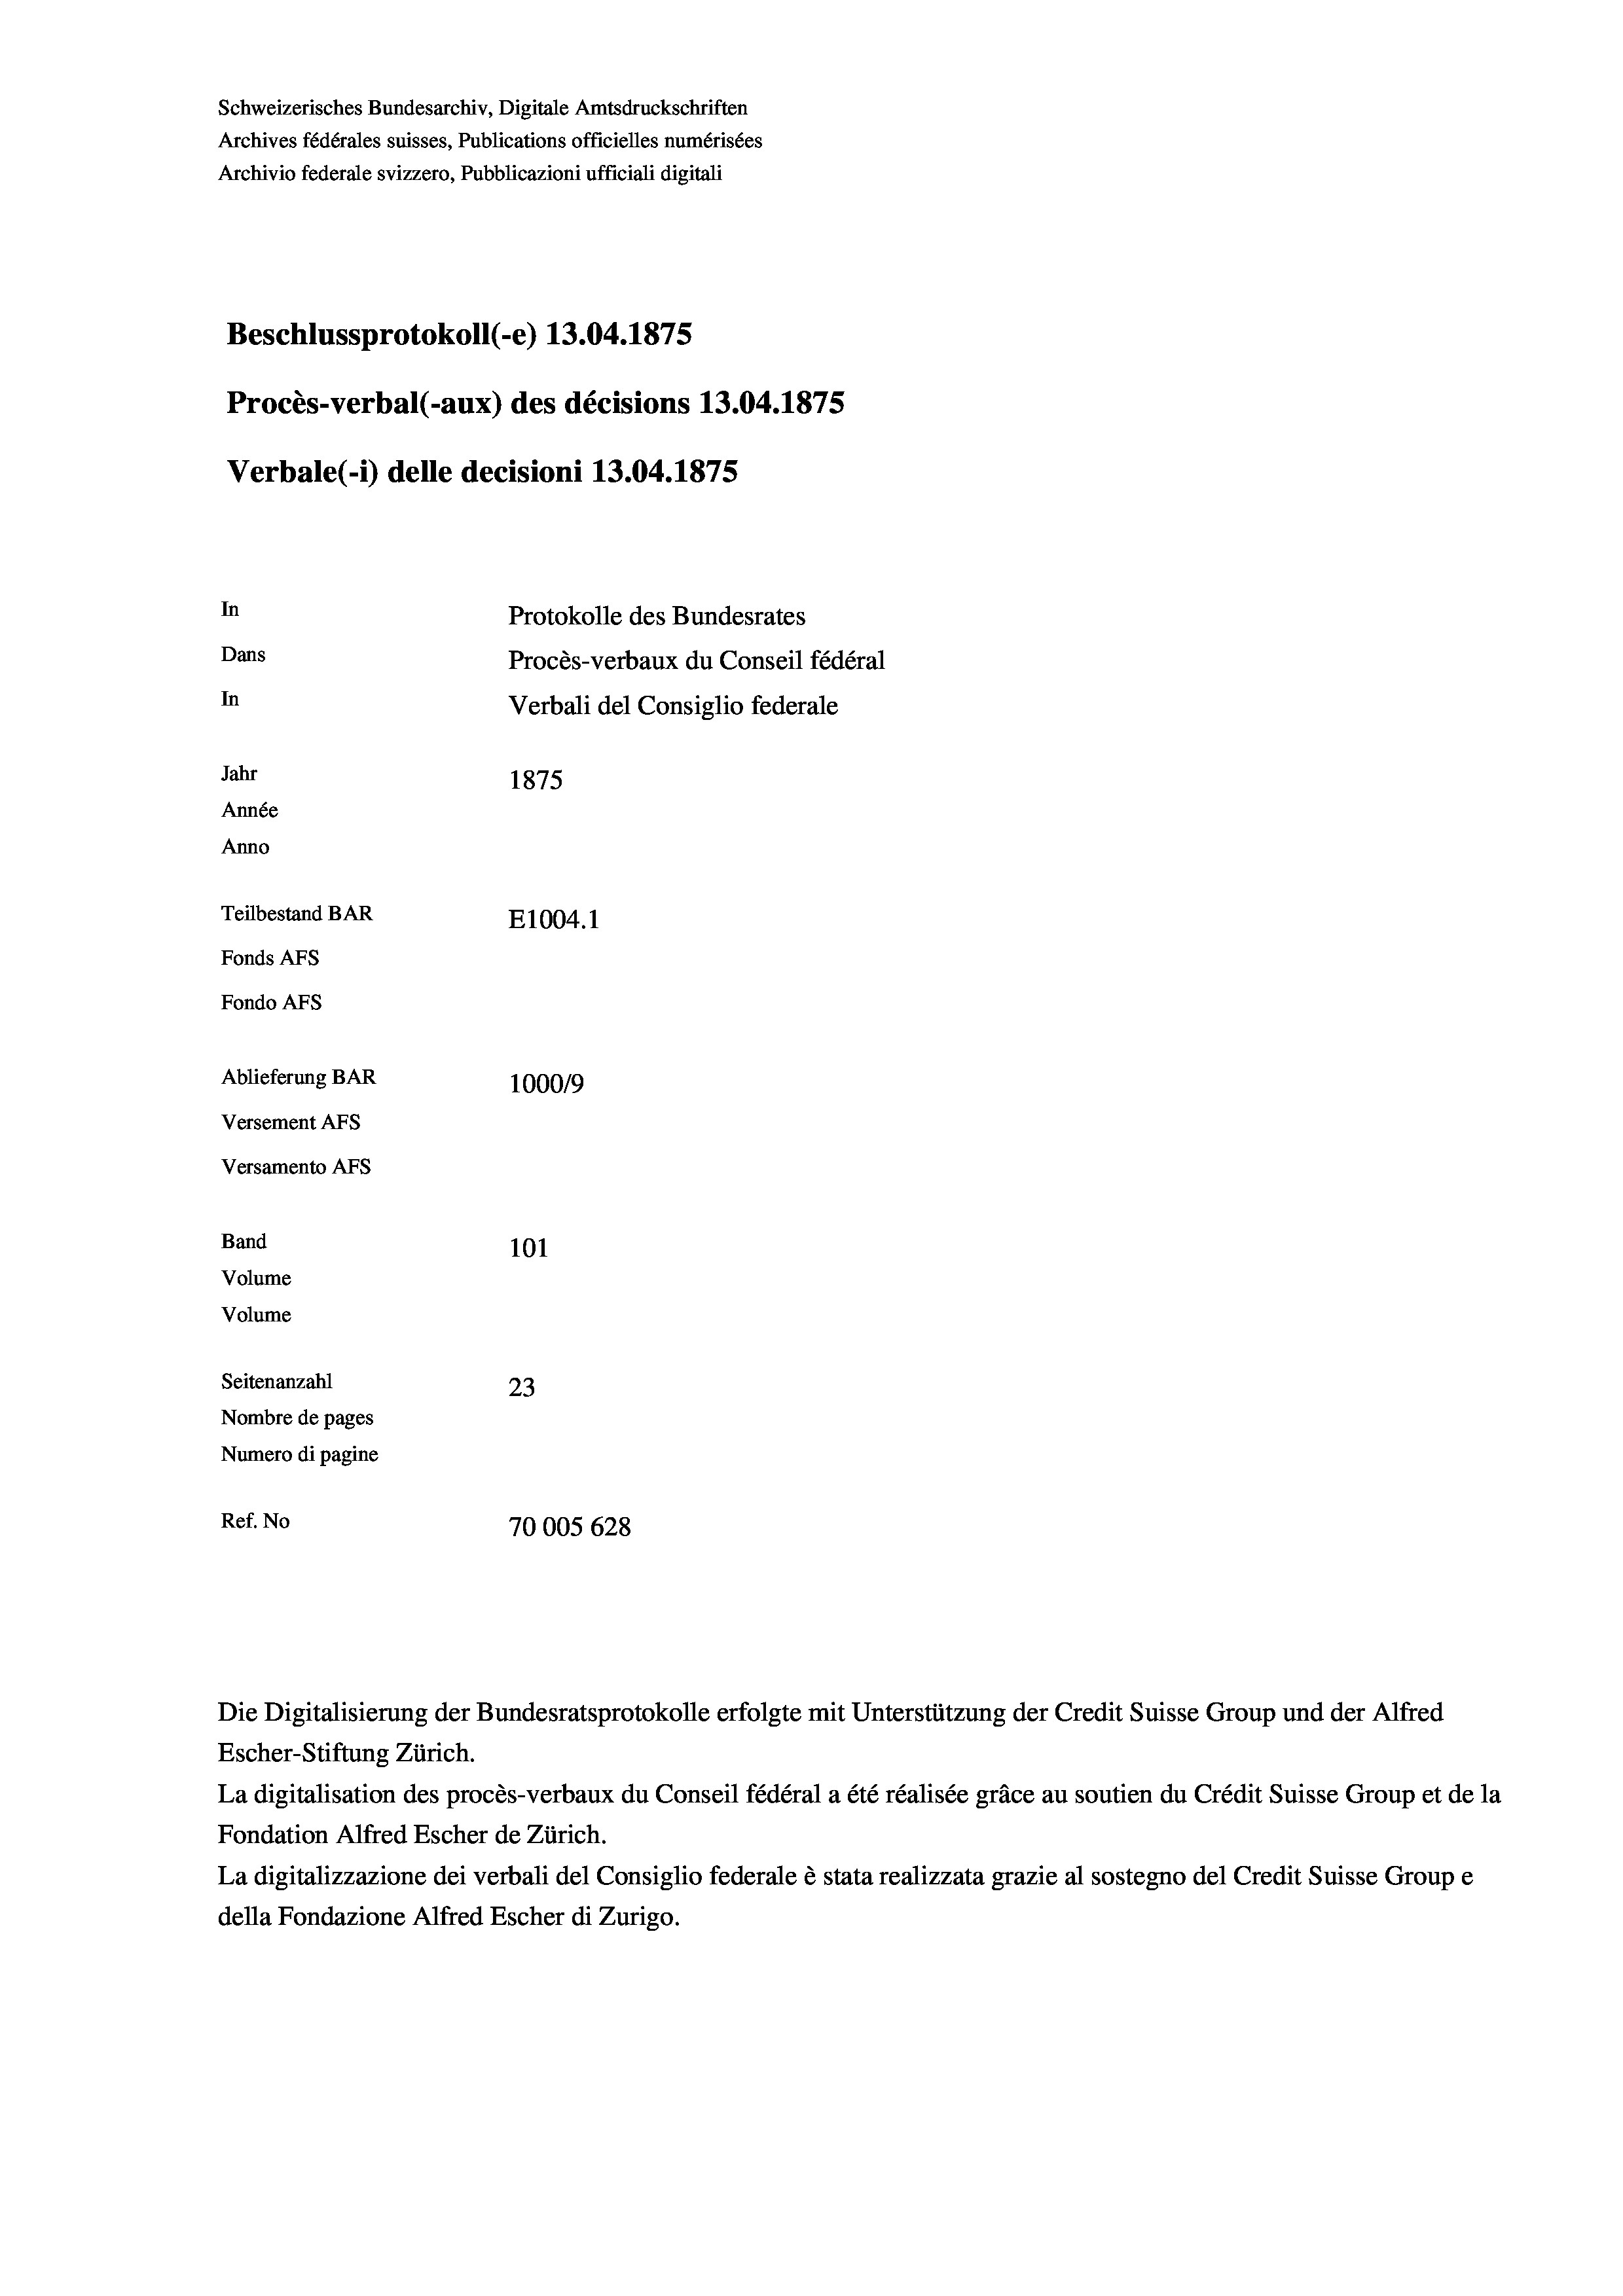
Schweizerisches Bundesarchiv, Digitale Amtsdruckschriften
Archives fédérales suisses, Publications officielles numérisées
Archivio federale svizzero, Pubblicazioni ufficiali digitali
Beschlussprotokoll (-e) 13.04. 1875
Procès-verbal (-aux) des décisions 13.04. 1875
Verbale (1) delle decisioni 13.04. 1875
In
Protokolle des Bundesrates
Dans
Procès-verbaux du Conseil fédéral
In
Verbali del Consiglio federale
Jahr
1875
Année
Anno
Teilbestand BAR
E1004. 1
Fonds AFs
Fondo AFS
Ablieferung BAR
1000/9
Versement Abs
Versamento AFs
Band
101

Volume
Seitenanzahl
23
Nombre de pages
Numero di pagine
Ref. No
70005 628

Volume

Escher-Stiftung Zürich.
La digitalisation des procès-verbaux du Conseil fédéral a été réalisée gräce au soutien du Crédit Suisse Group et de la
Fondation Alfred Escher de Zürich.
La digitalizzazione dei verbali del Consiglio federale è stata realizzata grazie al sostegno del Credit Suisse Groupe
della Fondazione Alfred Escher di Zurigo.

Die Digitalisierung der Bundesratsprotokolle erfolgte mit Unterstützung der Credit Suisse Group und der Alfred